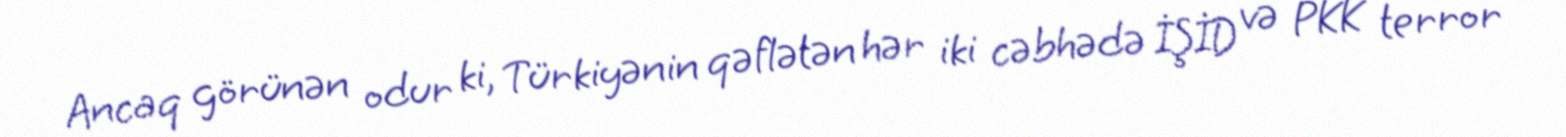
Ancaq görünən odur ki, Türkiyənin qəflətən hər iki cəbhədə İŞİD və PKK terror